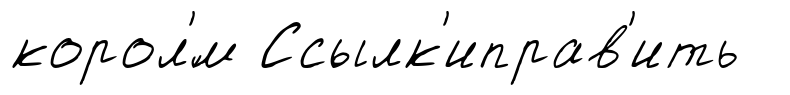
корол'́м Ссылк'иправ'ить